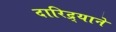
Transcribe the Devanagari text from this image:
दारिद्र्याने